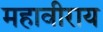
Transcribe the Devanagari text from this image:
महावीराय